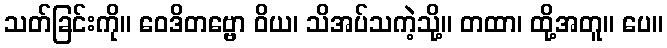
သတ်ခြင်းကို။ ဝေဒိတဗ္ဗော ဝိယ၊ သိအပ်သကဲ့သို့။ တထာ၊ ထို့အတူ။ ပေ။